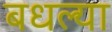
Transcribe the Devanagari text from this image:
बधल्या